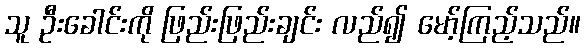
သူ ဦးခေါင်းကို ဖြည်းဖြည်းချင်း လည်၍ မော့်ကြည့်သည်။